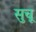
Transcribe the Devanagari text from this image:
सुचू